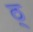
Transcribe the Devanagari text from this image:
ठ्‌